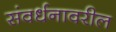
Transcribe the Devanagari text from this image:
संवर्धनावरील